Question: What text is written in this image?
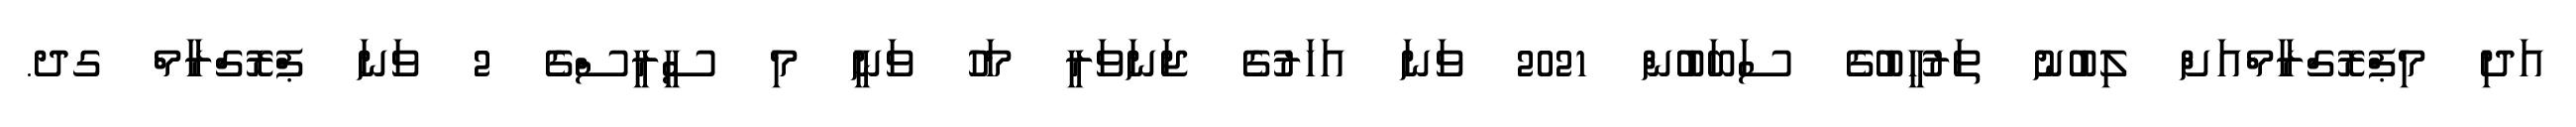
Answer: އަދި މިޕްރޮގްރާމްއަށް ލިބުނު ތަރުހީބުގެ ސަބަބުން 2021 ވަނަ އަހަރުގެ ޖަނަވަރީ މަހު ވަނީ މި ސީރީސްގެ 2 ވަނަ ޕްރޮގްރާމް ގދ.